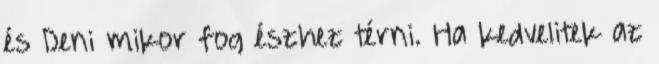
és Deni mikor fog észhez térni. Ha kedvelitek az